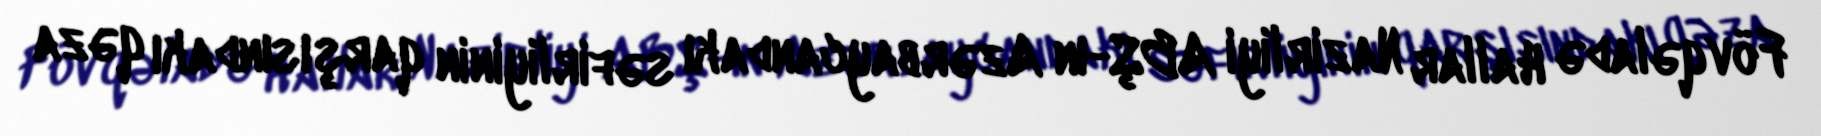
Fövqəladə Hallar Nazirliyi ABŞ-ın Azərbaycandakı səfirliyinin qarşısındakı qəza